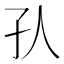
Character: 𡤿